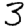
Digit: 3